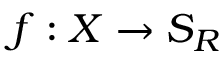
f : X \rightarrow S _ { R }